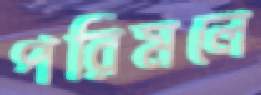
পরিমলে